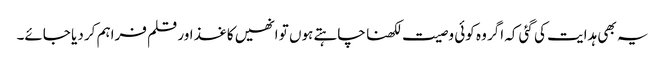
یہ بھی ہدایت کی گئی کہ اگر وہ کوئی وصیت لکھنا چاہتے ہوں تو انھیں کاغذ اور قلم فراہم کر دیا جائے۔